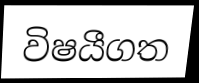
විෂයීගත